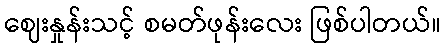
ဈေးနှုန်းသင့် စမတ်ဖုန်းလေး ဖြစ်ပါတယ်။